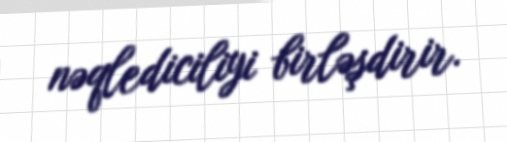
nəqlediciliyi birləşdirir.